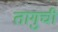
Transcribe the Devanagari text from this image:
तागुची